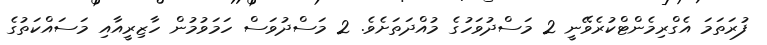
ފުރަތަމަ އެގްރިމެންޓްކުރެވޭނީ 2 މަސްދުވަހުގެ މުއްދަތަށެވެ. 2 މަސްދުވަސް ހަމަވުމުން ހާޒިރީއާއި މަސައްކަތުގެ